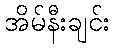
အိမ်နီးချင်း